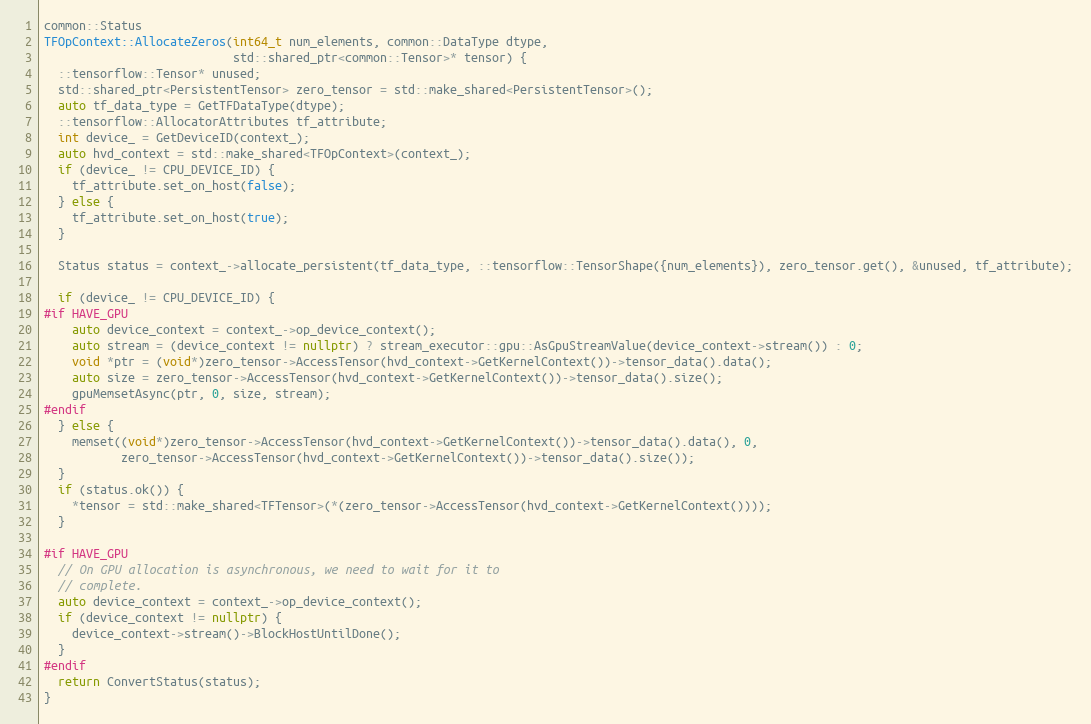
Language: C++
common::Status
TFOpContext::AllocateZeros(int64_t num_elements, common::DataType dtype,
                           std::shared_ptr<common::Tensor>* tensor) {
  ::tensorflow::Tensor* unused;
  std::shared_ptr<PersistentTensor> zero_tensor = std::make_shared<PersistentTensor>();
  auto tf_data_type = GetTFDataType(dtype);
  ::tensorflow::AllocatorAttributes tf_attribute;
  int device_ = GetDeviceID(context_);
  auto hvd_context = std::make_shared<TFOpContext>(context_);
  if (device_ != CPU_DEVICE_ID) {
    tf_attribute.set_on_host(false);
  } else {
    tf_attribute.set_on_host(true);
  }

  Status status = context_->allocate_persistent(tf_data_type, ::tensorflow::TensorShape({num_elements}), zero_tensor.get(), &unused, tf_attribute);

  if (device_ != CPU_DEVICE_ID) {
#if HAVE_GPU
    auto device_context = context_->op_device_context();
    auto stream = (device_context != nullptr) ? stream_executor::gpu::AsGpuStreamValue(device_context->stream()) : 0;
    void *ptr = (void*)zero_tensor->AccessTensor(hvd_context->GetKernelContext())->tensor_data().data();
    auto size = zero_tensor->AccessTensor(hvd_context->GetKernelContext())->tensor_data().size();
    gpuMemsetAsync(ptr, 0, size, stream);
#endif
  } else {
    memset((void*)zero_tensor->AccessTensor(hvd_context->GetKernelContext())->tensor_data().data(), 0,
           zero_tensor->AccessTensor(hvd_context->GetKernelContext())->tensor_data().size());
  }
  if (status.ok()) {
    *tensor = std::make_shared<TFTensor>(*(zero_tensor->AccessTensor(hvd_context->GetKernelContext())));
  }

#if HAVE_GPU
  // On GPU allocation is asynchronous, we need to wait for it to
  // complete.
  auto device_context = context_->op_device_context();
  if (device_context != nullptr) {
    device_context->stream()->BlockHostUntilDone();
  }
#endif
  return ConvertStatus(status);
}